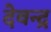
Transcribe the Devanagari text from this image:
देवन्द्र